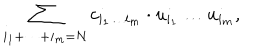
LaTeX: \sum _ { i _ { 1 } + \dots + i _ { m } = N } c _ { i _ { 1 } \dots i _ { m } } \cdot u _ { i _ { 1 } } \dots u _ { i _ { m } } ,